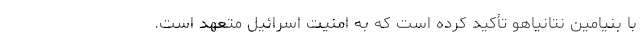
با بنیامین نتانیاهو تأکید کرده است که به امنیت اسرائیل متعهد است.